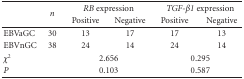
<table><thead><tr><td rowspan="2"></td><td rowspan="2"><b><i>n</i></b></td><td colspan="2"><b><i>RB</i> expression</b></td><td colspan="2"><b><i>TGF-<i>β</i>1 </i>expression</b></td></tr><tr><td><b>Positive</b></td><td><b>Negative</b></td><td><b>Positive</b></td><td><b>Negative</b></td></tr></thead><tbody><tr><td>EBVaGC</td><td>30</td><td>13</td><td>17</td><td>17</td><td>13</td></tr><tr><td>EBVnGC</td><td>38</td><td>24</td><td> 14 </td><td>24</td><td>14</td></tr><tr><td><i>χ</i><sup>2</sup></td><td> </td><td colspan="2">2.656</td><td colspan="2">0.295</td></tr><tr><td><i>P</i></td><td> </td><td colspan="2">0.103</td><td colspan="2">0.587</td></tr></tbody></table>